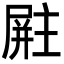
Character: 𪨚